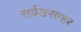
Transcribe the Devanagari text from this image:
सर्वङसम्हर